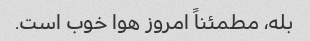
بله، مطمئناً امروز هوا خوب است.